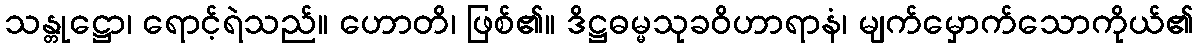
သန္တုဋ္ဌော၊ ရောင့်ရဲသည်။ ဟောတိ၊ ဖြစ်၏။ ဒိဋ္ဌဓမ္မသုခဝိဟာရာနံ၊ မျက်မှောက်သောကိုယ်၏